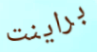
براينت